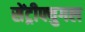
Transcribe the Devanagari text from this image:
सेंट्रीफ्युगल